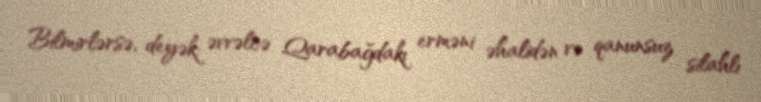
Bilmirlərsə, deyək: əvvəlcə Qarabağdakı erməni əhalidən və qanunsuz silahlı